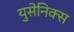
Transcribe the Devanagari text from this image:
युसेनिक्स